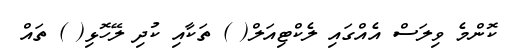
ކޮންމެ ވިލަސް އެއްގައި ލެކްޓިއަލް( ) ތަކާއި ކުދި ލޭހޮޅި( ) ތައް